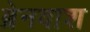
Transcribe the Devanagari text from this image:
ब्रेनवाश